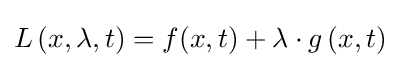
L\left(x,\lambda ,t\right)=f(x,t)+\lambda \cdot g\left(x,t\right)